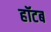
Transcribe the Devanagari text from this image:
हॉटब